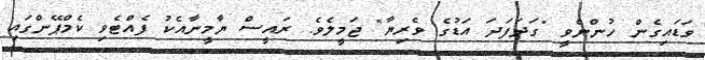
ވަޑައިގެން ހުންނެވީ "ގަދަފަދަ އަޑުގެ ވެރިޔާ" ޖަމީލެވެ. ރައީސް ޔާމީނާއެކު ފެއްޓެވި ކެމްޕޭންގައި